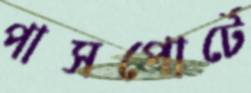
পাসপোর্টে